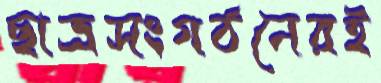
ছাত্রসংগঠনেরই